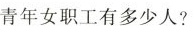
青年女职工有多少人?